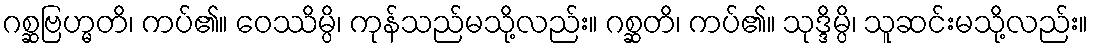
ဂစ္ဆဗြဟ္မတိ၊ ကပ်၏။ ဝေဿိမ္ပိ၊ ကုန်သည်မသို့လည်း။ ဂစ္ဆတိ၊ ကပ်၏။ သုဒ္ဒိမ္ပိ၊ သူဆင်းမသို့လည်း။